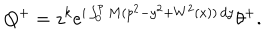
Q ^ { + } = z ^ { k } e ^ { i \int _ { 0 } ^ { p } M ( p ^ { 2 } - y ^ { 2 } + W ^ { 2 } ( x ) ) \, d y } \theta ^ { + } .